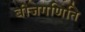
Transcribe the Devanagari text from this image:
बीजगणिति